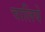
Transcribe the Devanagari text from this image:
चालिये